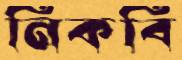
নিকবি